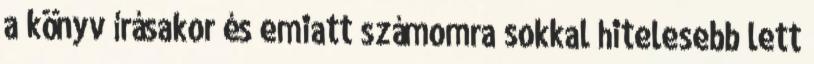
a könyv írásakor és emiatt számomra sokkal hitelesebb lett